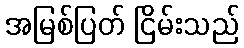
အမြစ်ပြတ် ငြိမ်းသည်